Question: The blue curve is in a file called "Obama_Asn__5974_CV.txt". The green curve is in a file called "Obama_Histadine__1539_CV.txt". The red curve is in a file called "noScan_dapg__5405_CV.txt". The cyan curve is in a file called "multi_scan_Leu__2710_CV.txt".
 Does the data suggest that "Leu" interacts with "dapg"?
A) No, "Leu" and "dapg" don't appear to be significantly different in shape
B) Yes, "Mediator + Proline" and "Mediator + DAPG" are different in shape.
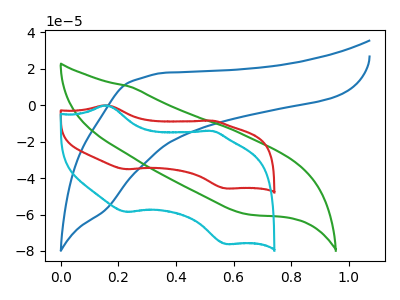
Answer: <think>The blue curve "Asn" has no peaks. The green curve "Histadine" has no peaks. The red curve "dapg" has anodic peaks at (0.15V, -0.05uA) (0.50V, -8.45uA) and cathodic peaks at (0.25V, -35.15uA) (0.60V, -45.75uA). The cyan curve "Leu" has anodic peaks at (0.15V, -0.10uA) (0.50V, -14.10uA) and cathodic peaks at (0.25V, -58.60uA) (0.60V, -76.25uA).
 All the peaks in "Leu" have a peak in "dapg" at the same potential.</think>
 <answer>A) No, "Leu" and "dapg" don't appear to be significantly different in shape</answer>
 <eval>A</eval>